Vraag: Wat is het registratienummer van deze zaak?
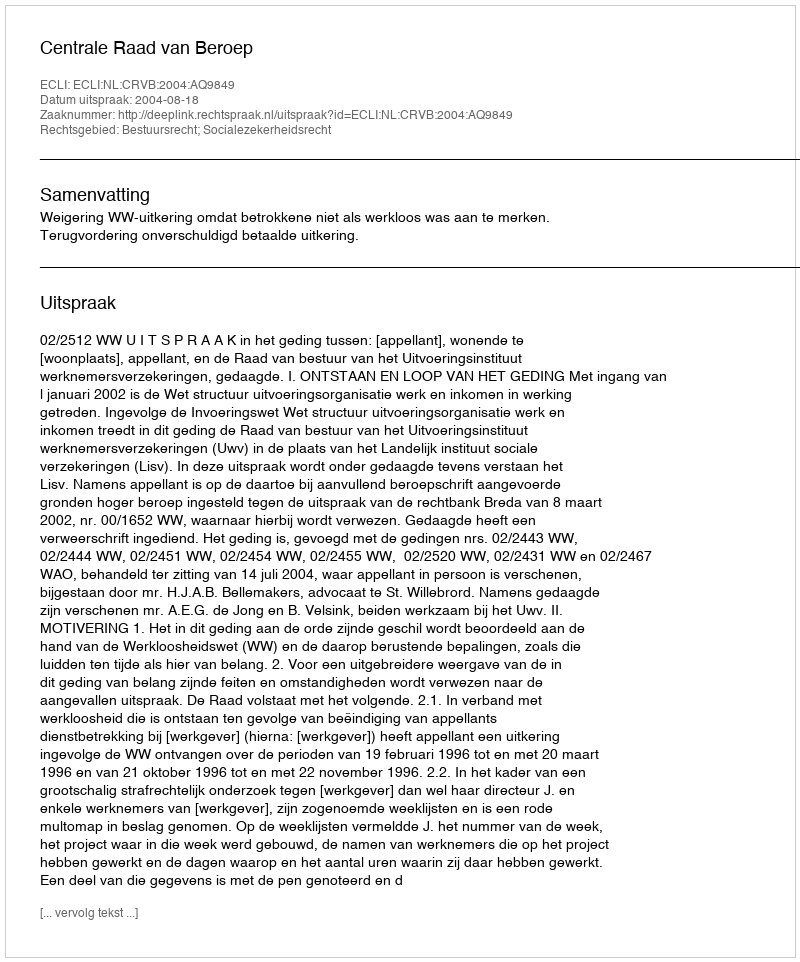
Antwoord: http://deeplink.rechtspraak.nl/uitspraak?id=ECLI:NL:CRVB:2004:AQ9849